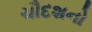
ચૌદશનો